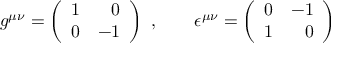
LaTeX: g ^ { \mu \nu } = \left( \begin{array} { r r } { { 1 } } & { { 0 } } \\ { { 0 } } & { { - 1 } } \end{array} \right) \ , \qquad \epsilon ^ { \mu \nu } = \left( \begin{array} { r r } { { 0 } } & { { - 1 } } \\ { { 1 } } & { { 0 } } \end{array} \right)